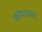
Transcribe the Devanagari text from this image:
कोपराच्या